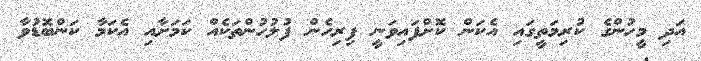
އަދި މީހުންގެ ކުރިމަތީގައި އެކަން ކޮށްފައިވަނީ ފިރިހެން ފުލުހުންތަކެއް ކަމަށާއި އެކަމާ ކަންބޮޑުވާ